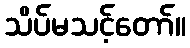
သိပ်မသင့်တော်။